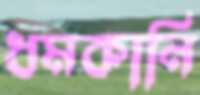
ধমকানি